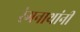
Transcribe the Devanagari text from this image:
रंगनाथांनी